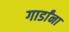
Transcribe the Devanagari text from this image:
गार्डांना